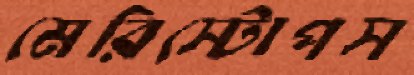
মেরিস্টোপস